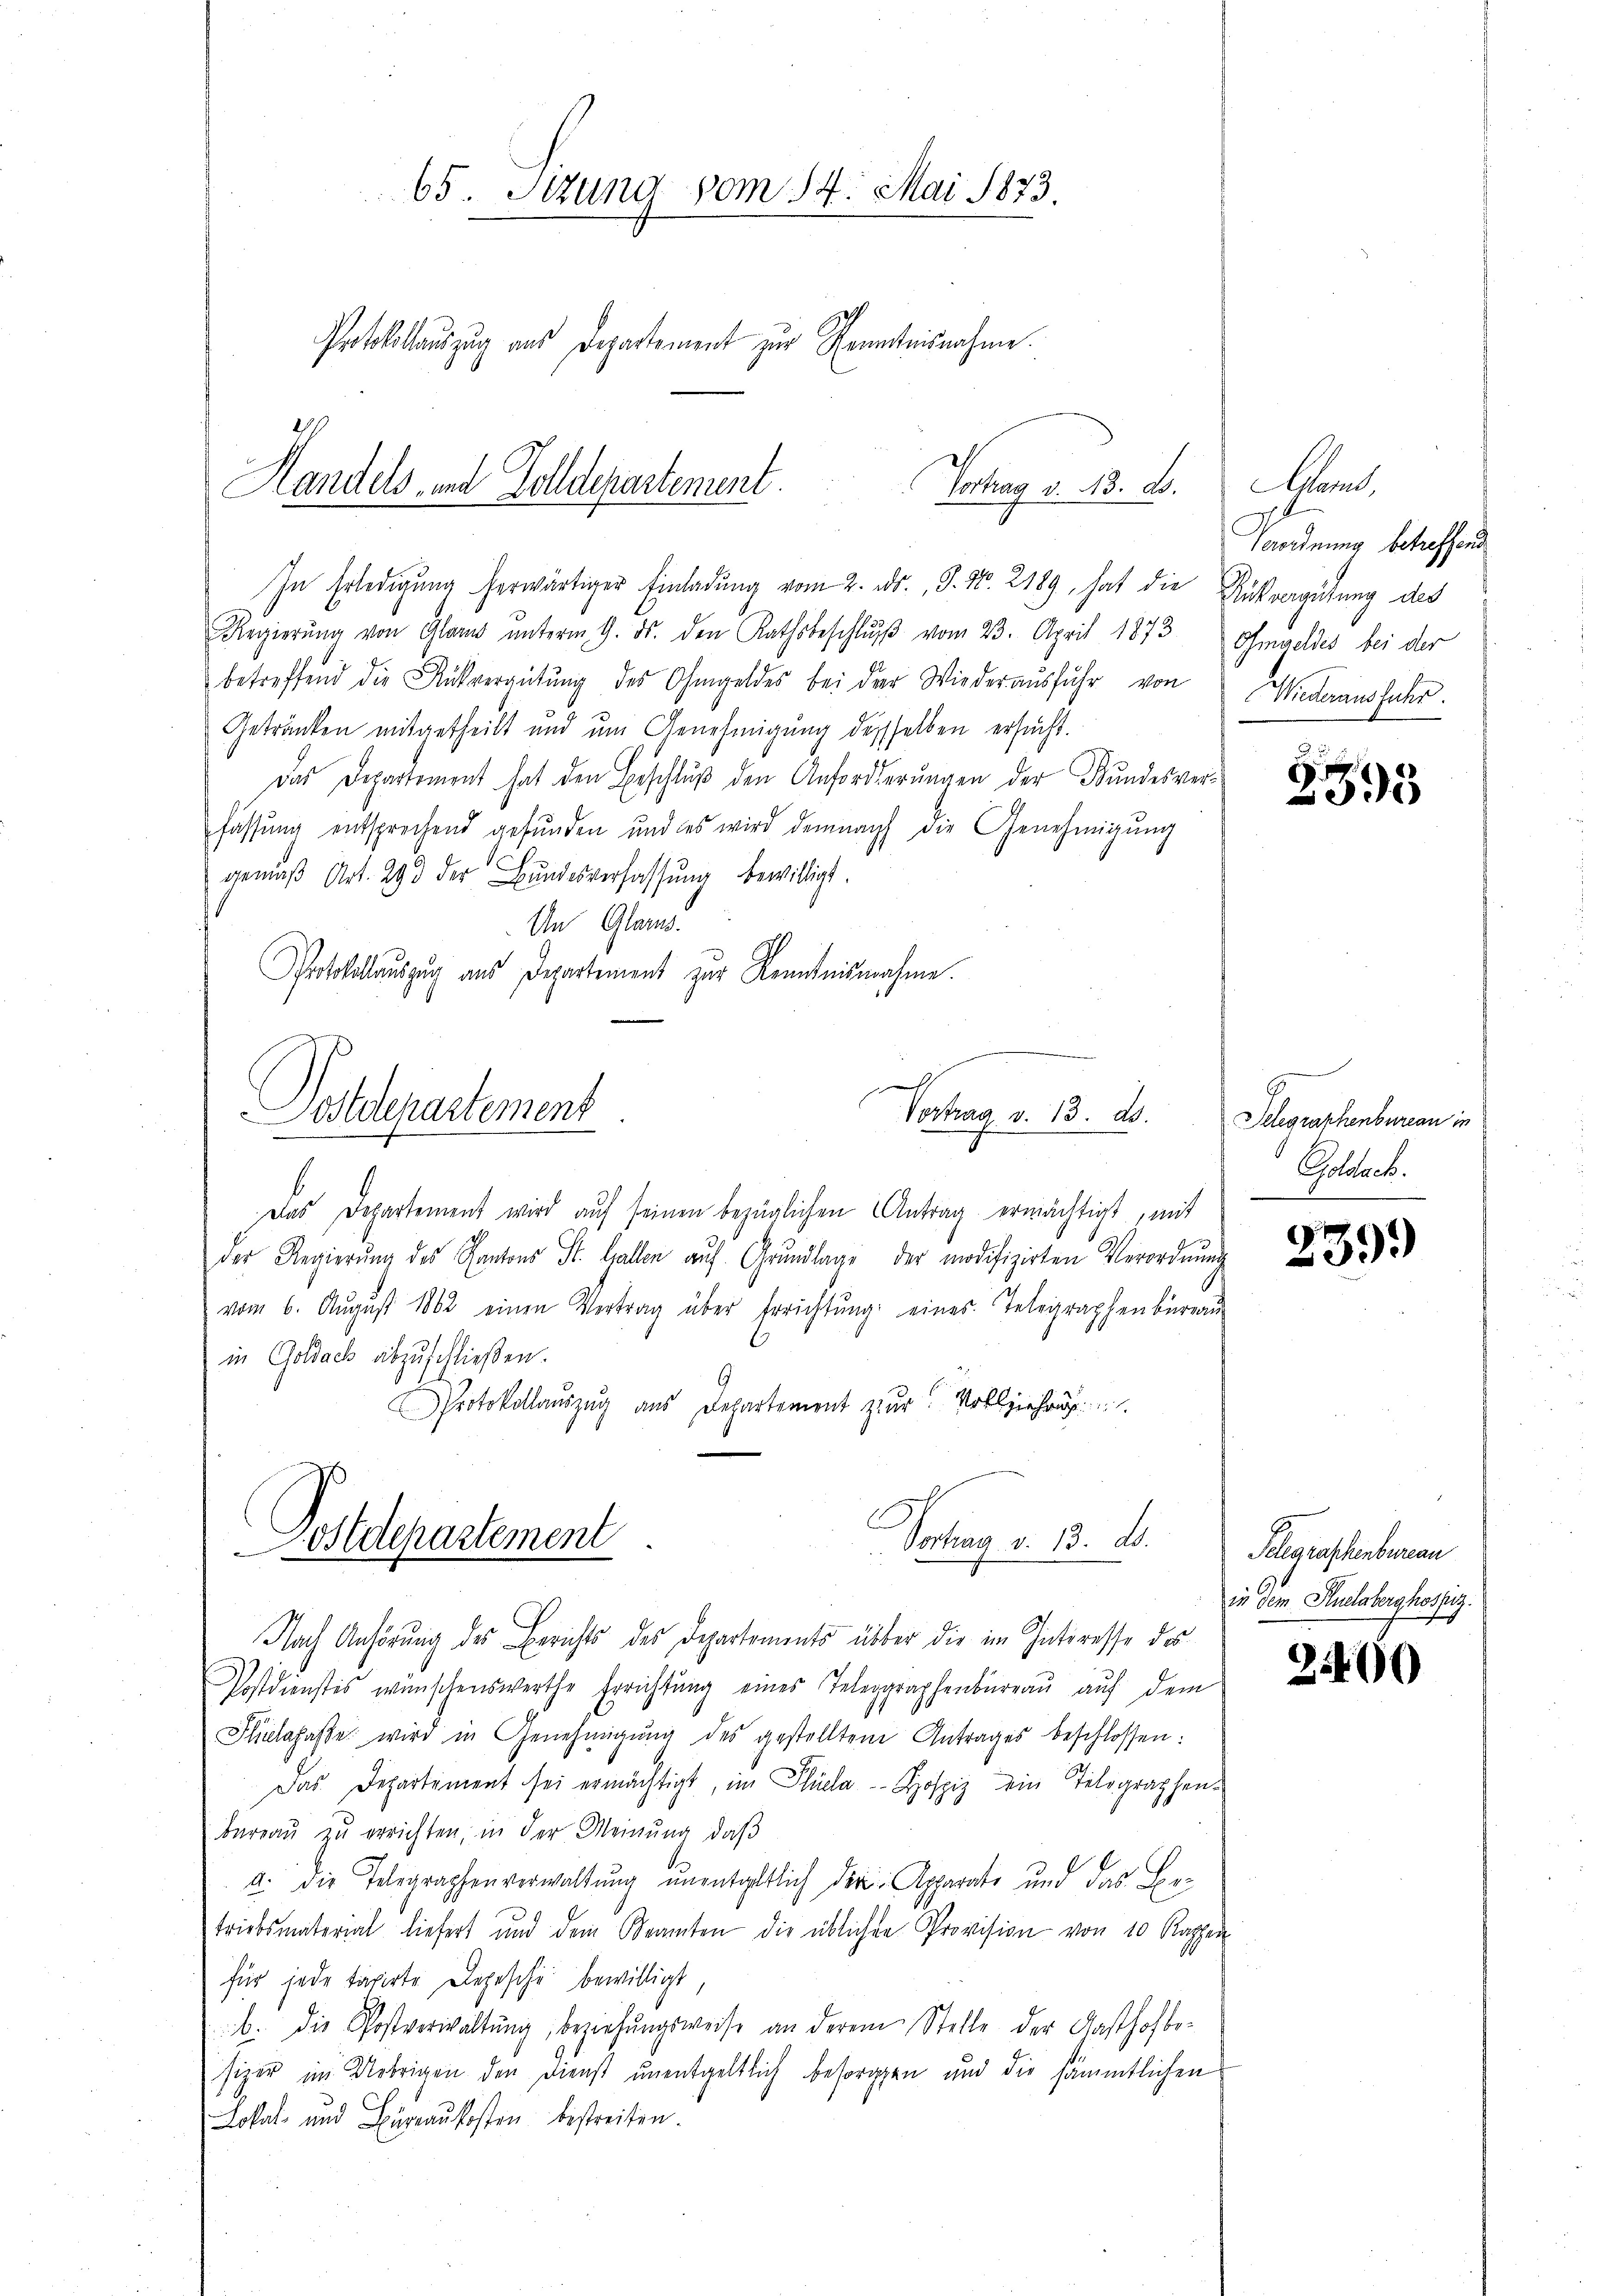
65. Stzung vom 14. Mai 1873.
Protokollauszug aus Departement zur Kenntnisnahme.

Handels- und Zolldepartement.
Ertrag d. 13. d.

In Erledigung herwärtiger Einladung vom 2. ds. S. Nr. 2189, hat die Ausvergütung des
Regierŭng von Gland ŭnterm 9. ds. den Rathsbeschlŭβ vom 23. April 1873 Ohmgeldes bei der
betreffend die Rückvergütŭng des Ohmgeldes bei der Wiederaŭsfuhr von
Getränken mitgetheilt und um Genehmigung desselben ersucht.
Das Departement hat den Beschlŭβ den Anforderŭngen der Bundesverfassung entsprechend gefunden und es wird demnach die Genehmigung
gemäβ Art. 293 der Bŭndesverfassŭng bewilligt.
An Glarus.
Protokollauszug aus Departement zur Kenntnisnahme.
Das Departement wird aŭf seinen bezüglichen Antrag ermächtigt, mit
der Regierŭng des Kantons St. Gallen aŭf Grŭndlage der modifizirten Verordnŭng
vom 6. Aŭgŭst 1862 einen Vertrag über Errichtŭng eines Telegraphenbüreaŭ
in Goldach abzuschließen.
Protokollauszug aus Departement zur Vollziehu
Vortrag v. 13. d.
Postdepartement
d
Nach Anhörung des Berichts des Departements über die im Interesse des
Postdienstes wünschenswerthe Errichtung eines Telegraphenbüreau auf dem
Ficlafasse wird in Genehmigŭng des gestellten Antrages beschlossen:
Das Departement sei ermächtigt, im Süela-Kospiz ein Telographenbüreaŭ zŭ errichten, in der Meinŭng, daβ
a. die Telegraphenverwaltung unentgeltlich der Apparato und das Betriebsmaterial liefert und dem Beamten die üblichen Provision von 10 Rappen
für jede taxirte Depesche bewilligt,
b. die Postverwaltŭng, beziehŭngsweise an derem Stelle der Gasthofbesizer im Uebrigen den Dienst unentgeltlich besorgen und die sämmtlichen
Lokal und Büreaŭkosten bestreiten.

Postdepartement

Vortrag v. 13. ds.

Aamt.
Verordnung betreffend
Wiederaus aber

2395

Telegraphenbureau in
Golosack.

239)

Telegraschenbureau
in dem Puelaberghospiz.

2400